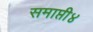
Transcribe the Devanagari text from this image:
समाप्ती४